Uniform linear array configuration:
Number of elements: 64
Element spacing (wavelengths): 0.25
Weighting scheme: exponential
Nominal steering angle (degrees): -60
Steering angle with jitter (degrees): -58.14
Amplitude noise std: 0.05
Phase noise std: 0.05

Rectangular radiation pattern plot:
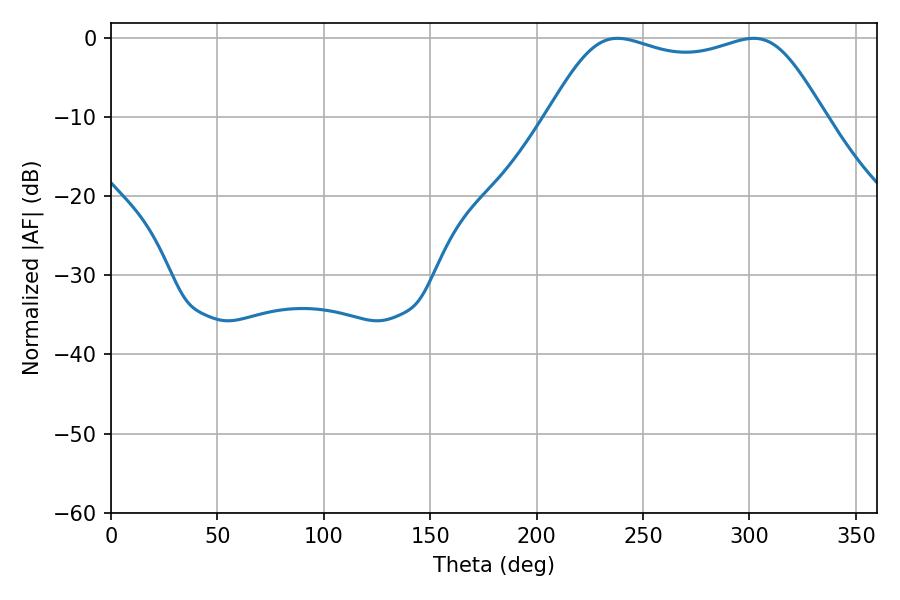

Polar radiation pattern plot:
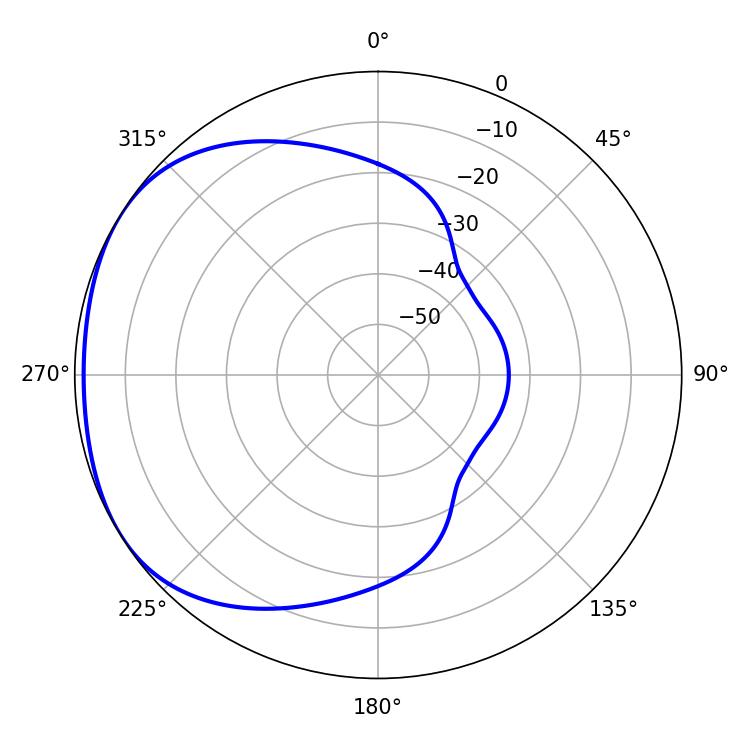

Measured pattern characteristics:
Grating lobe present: FALSE
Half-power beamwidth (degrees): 99.72
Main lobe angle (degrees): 237.96